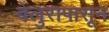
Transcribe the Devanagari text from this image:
बेलुरापासून